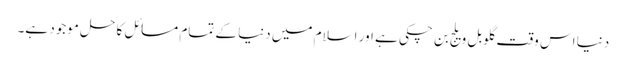
دنیا اس وقت گلوبل ویلج بن چکی ہے اور اسلام میں دنیا کے تمام مسائل کا حل موجود ہے۔